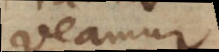
veamur;